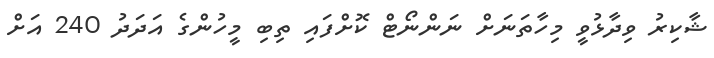
ޝާކިރު ވިދާޅުވީ މިހާތަނަށް ނަންނޯޓް ކޮށްފައި ތިބި މީހުންގެ އަދަދު 240 އަށް